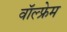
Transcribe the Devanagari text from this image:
वॉल्फ्रेम